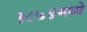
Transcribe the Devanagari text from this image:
१८७४मध्ये